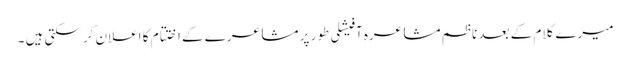
میرے کلام کے بعد ناظم مشاعرہ آفیشلی طور پر مشاعرے کے اختتام کا اعلان کرسکتی ہیں ۔